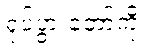
ရုပ်ပွားတော်ကို